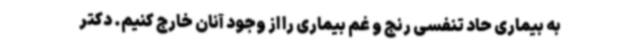
به بیماری حاد تنفسی رنج و غم بیماری را از وجود آنان خارج کنیم. دکتر